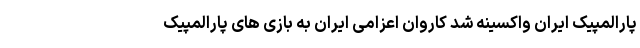
پارالمپیک ایران واکسینه شد کاروان اعزامی ایران به بازی های پارالمپیک